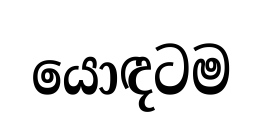
යොඳටම